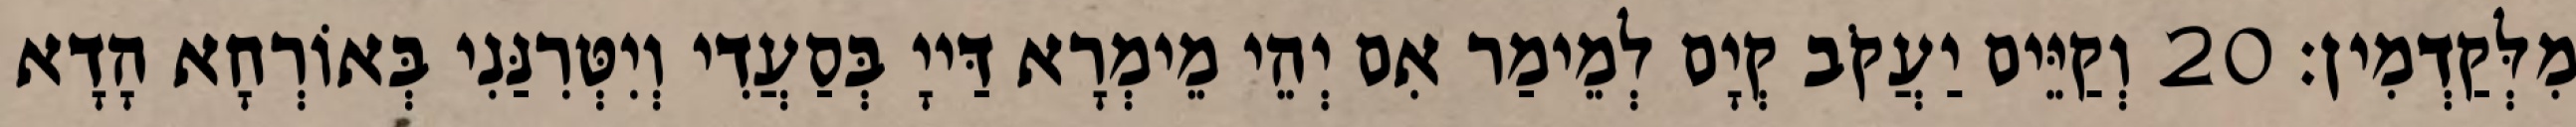
מִלְּקַדְמִין׃ 20 וְקַיֵּים יַעֲקֹב קְיָם לְמֵימַר אִם יְהֵי מֵימְרָא דַּייָ בְּסַעֲדִי וְיִטְּרִנַּנִי בְּאוֹרְחָא הָדָא